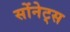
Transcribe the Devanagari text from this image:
सोंनेट्स